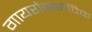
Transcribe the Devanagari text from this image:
गायरोस्कोपिक